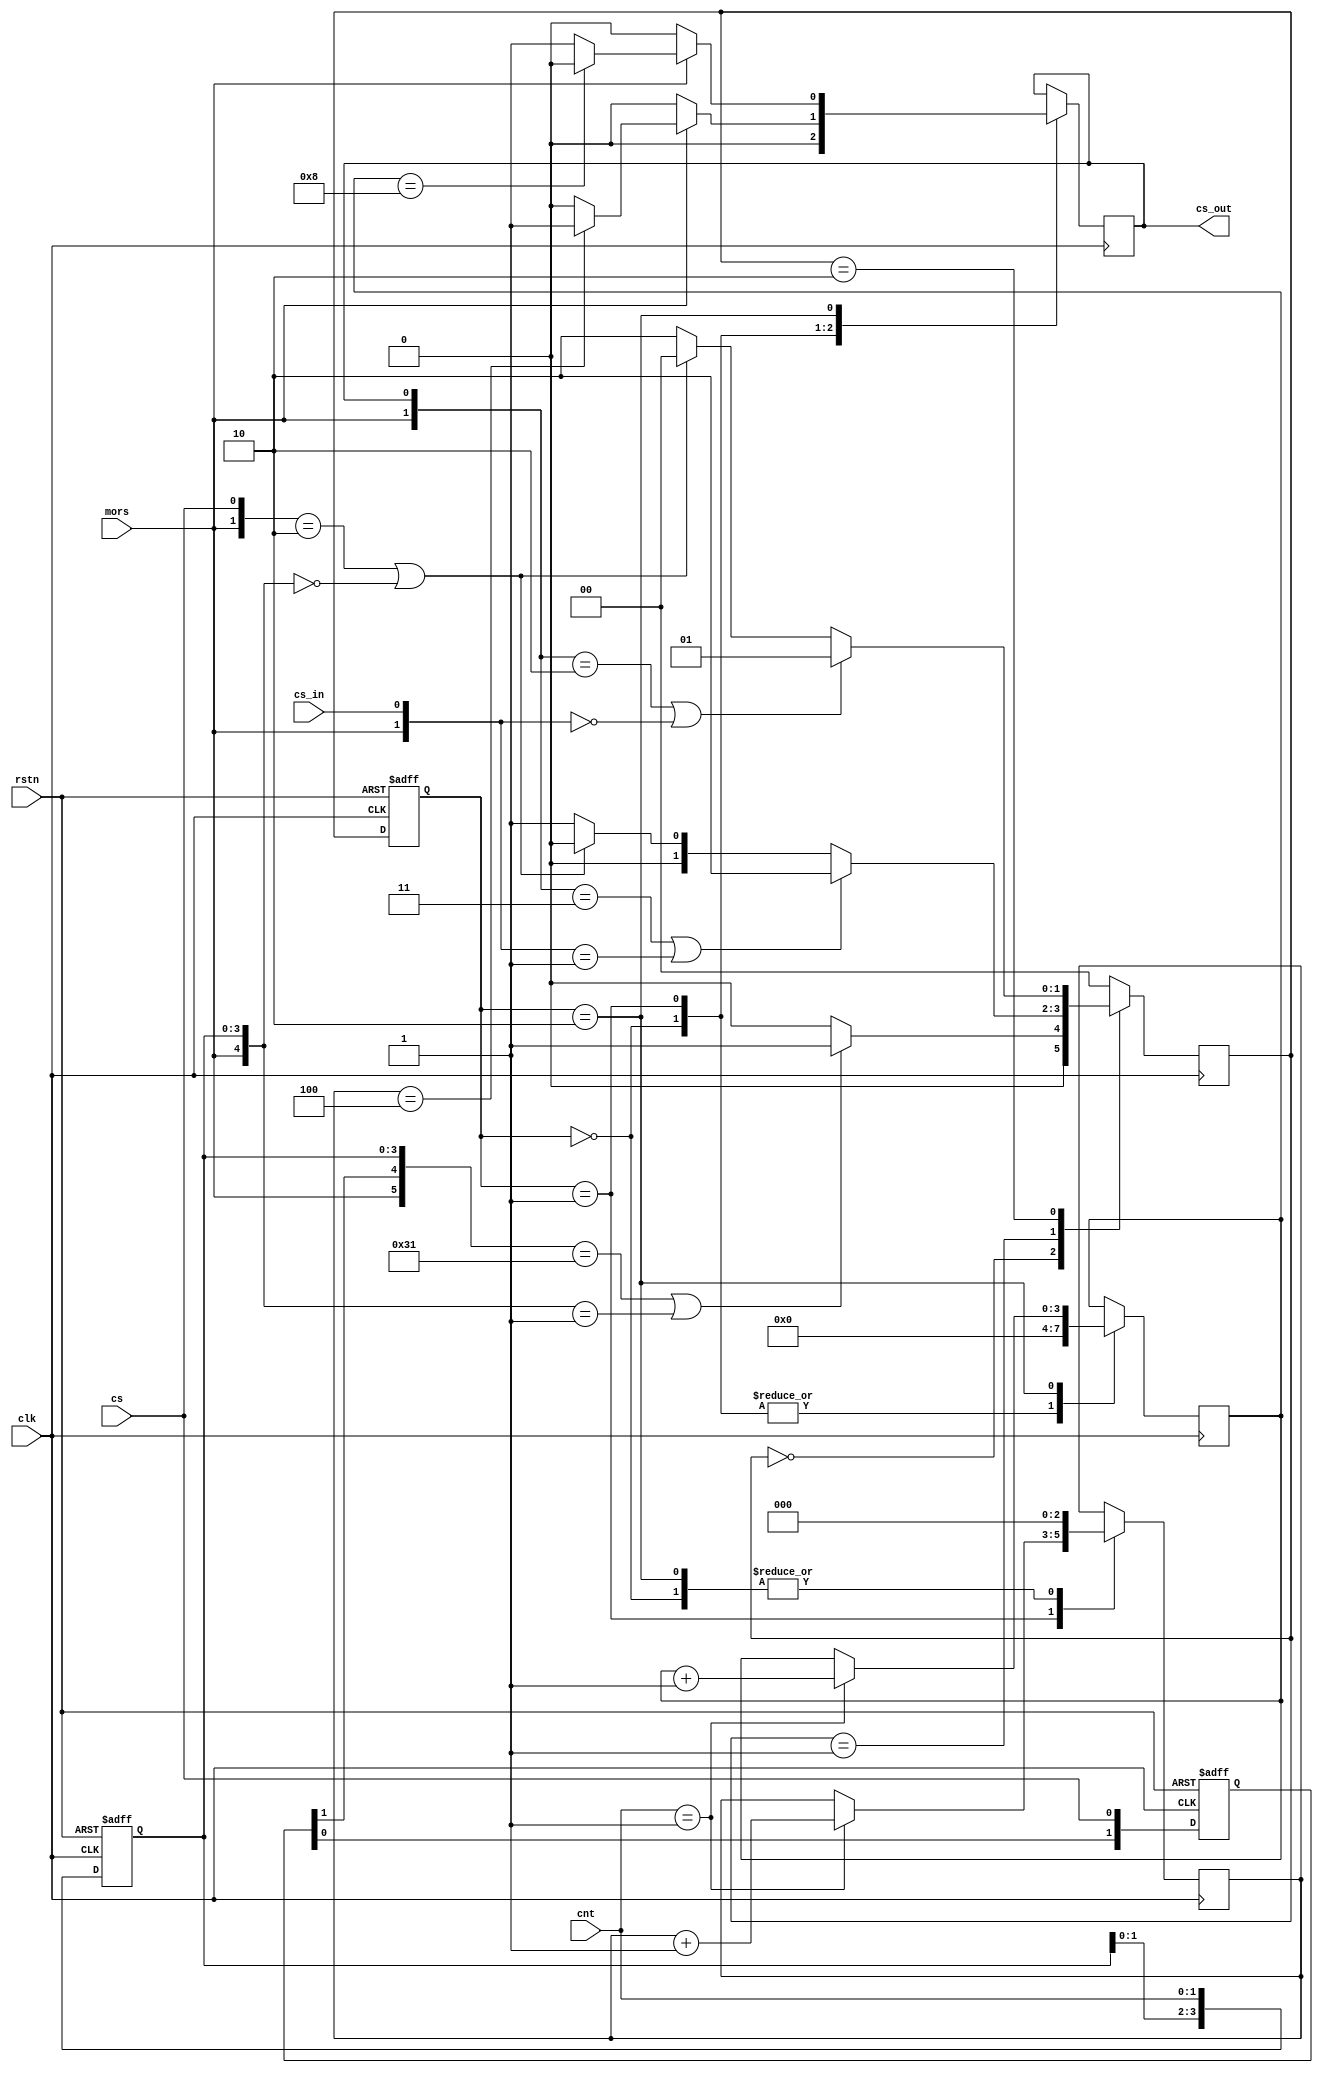
//==============================================================================
// Module name: spi_fsm
// Description: Finite state machine of spi
// -------------------------------------------------
// Modification log here:
// Author     :
// Date       : 
// Message    :
//==============================================================================
module spi_fsm
#(
  parameter DATAWIDTH = 8,

  parameter IDLE      = 2'b00,
  parameter WAIT      = 2'b01,
  parameter TRANS     = 2'b10
)
(
  input             clk,
  input             rstn,
  
  input             cs,
  input             mors,

  input             cs_in,
  output reg        cs_out,

  input       [1:0] cnt
);

  reg  [1:0] current_state;
  reg  [1:0] next_state;

  reg  [1:0] cs_reg;
  reg  [3:0] cnt_reg;
  reg  [2:0] wait_reg;
  reg  [3:0] trans_reg;

  always @(posedge clk or negedge rstn) begin
    if(!rstn) cs_reg <= 2'b00;
    else      cs_reg <= {cs_reg[0],cs};
  end

  always @(posedge clk or negedge rstn) begin
    if(!rstn)
      cnt_reg <= 4'h0;
    else
      cnt_reg <= {cnt_reg[1:0],cnt};
  end

  always @(posedge clk or negedge rstn) begin
    if(!rstn) current_state <= IDLE;
    else      current_state <= next_state;
  end

  always @(posedge clk) begin
    case(next_state)
      IDLE:begin
        if({mors,cs_reg[1],cnt_reg} == 6'h31 || {mors,cnt_reg} == 5'h01) 
          next_state = WAIT;
        else           
          next_state = IDLE;
      end
      WAIT:begin
        if({mors,cs_out} == 2'b11 || {mors,cs_in} == 2'b01)
          next_state = TRANS;
        else if({mors,cs} == 2'b10 || {mors,cnt_reg} == 5'h00) 
          next_state = IDLE;
        else                  
          next_state = WAIT;
      end
      TRANS:begin
        if({mors,cs_out} == 2'b10 || {mors,cs_in} == 2'b00)
          next_state = WAIT;
        else if({mors,cs} == 2'b10 || {mors,cnt_reg} == 5'h00) 
          next_state = IDLE;
        else
          next_state = TRANS;
      end
      default:next_state = IDLE;
    endcase
  end

  always @(posedge clk) begin
    case(current_state)
      IDLE:begin
        cs_out     <= 1'b0;
        wait_reg   <= 3'b000;
        trans_reg  <= 4'h0;
      end
      WAIT:begin      
        cs_out     <= 1'b0;
        trans_reg  <= 4'h0;
        if(cnt == 2'b01) begin
          wait_reg <= wait_reg + 1'b1;
        end
        if(mors == 1'b1) begin
          if(wait_reg == 3'b100)
            cs_out   <= 1'b1;
          else
            cs_out   <= 1'b0;
        end
        else begin
          cs_out <= 1'b0;
        end
      end
      TRANS:begin              
        wait_reg   <= 3'b000;
        if(cnt == 2'b01) trans_reg <= trans_reg + 1'b1;
        if(mors == 1'b1) begin
          if(trans_reg == 4'h8)
            cs_out   <= 1'b0;
          else             
            cs_out   <= 1'b1;
        end
        else begin
          cs_out   <= 1'b0;
        end 
      end
    endcase
  end

endmodule